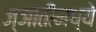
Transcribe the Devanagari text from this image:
ज्ञातीमध्ये